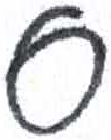
אות: ס